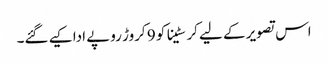
اس تصویر کے لیے کرسٹینا کو 9 کروڑ روپے ادا کیے گئے۔